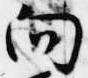
向